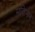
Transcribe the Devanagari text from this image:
मकिनेन